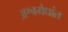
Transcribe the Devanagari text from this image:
अश्वमेधांत